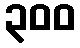
၃၀၀